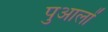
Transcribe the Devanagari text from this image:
पुआलों